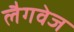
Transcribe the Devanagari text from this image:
लैगवेज